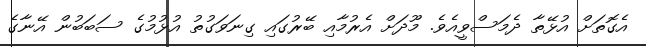
އެގޮތަށް އުޅޭތާ ދެމަސްވީއެވެ. މޫދަށް އެރުމާއި ބޭރުގައި ގިނަވަގުތު އުޅުމުގެ ސަބަބުން އޭނާގެ